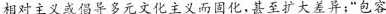
相对主义或倡导多元文化主义而固化，甚至扩大差异;“包容